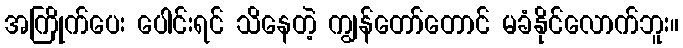
အကြိုက်ပေး ပေါင်းရင် သိနေတဲ့ ကျွန်တော်တောင် မခံနိုင်လောက်ဘူး။